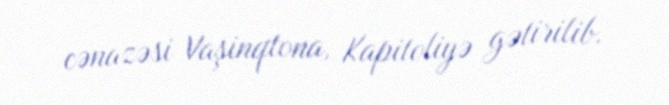
cənazəsi Vaşinqtona, Kapitoliyə gətirilib.